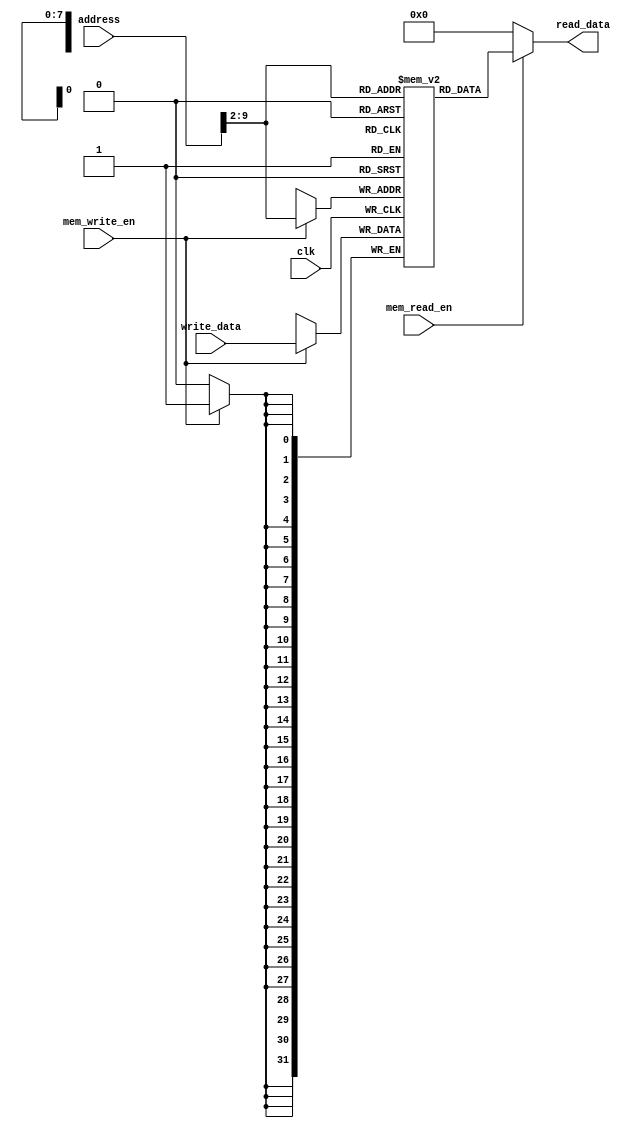
module data_memory(  
    input clk,  
    input  [31:0] address, write_data,  
    input mem_write_en, mem_read_en,  
    output [31:0] read_data  
    );  
    integer i;  
    reg [31:0] ram [255:0];  // 256 words of 32 bits each
    wire [8:0] ram_addr = address[9:2];  
    initial begin  
        for(i=0;i<256;i=i+1)
         ram[i] <= 32'd0;  
    end  
    always @(posedge clk) begin  
        if (mem_write_en)
         ram[ram_addr] <= write_data;  
    end  
    assign read_data = (mem_read_en) ? ram[ram_addr]: 32'd0;   
endmodule